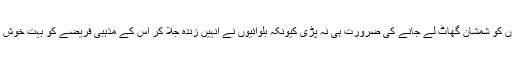
اسے اپنے ماتا، پتا کی ارتھیوں کو شمشان گھاٹ لے جانے کی ضرورت ہی نہ پڑی کیونکہ بلوائیوں نے انہیں زندہ جلا کر اس کے مذہبی فریضے کو بہت خوش اسلوبی سے انجام دے ڈالا تھا۔